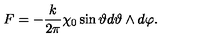
F = - \frac { k } { 2 \pi } \chi _ { 0 } \sin \vartheta d \vartheta \wedge d \varphi .